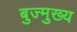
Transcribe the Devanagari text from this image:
बुज्मुख्य